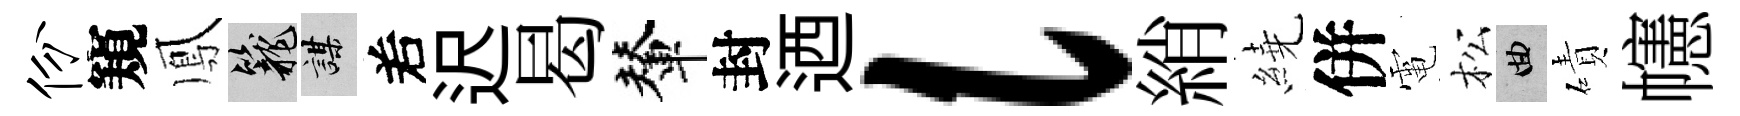
份窺鳳籠謀𠰥迟曷輦封迺l綃繞併電松曲磧幰